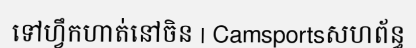
ទៅហ្វឹកហាត់នៅចិន | Camsportsសហព័ន្ធ